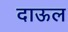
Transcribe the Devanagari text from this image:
दाऊल